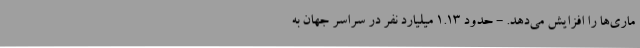
ماری‌ها را افزایش می‌دهد. - حدود ۱.۱۳ میلیارد نفر در سراسر جهان به